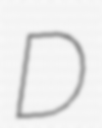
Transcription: D